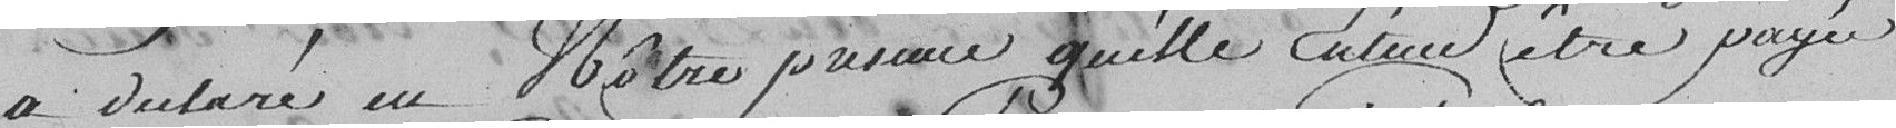
a déclaré en notre présence qu'elle entend être payée